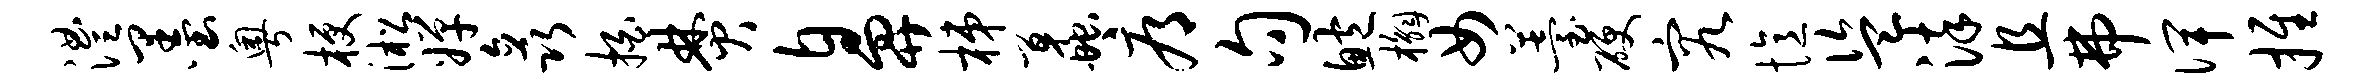
澧墨粤梗淞婵矗拍焚鼻梯蠡辱句鲍槲女薹硬究忆盗染且弗俾推